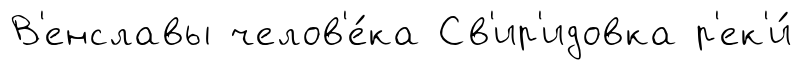
В'енславы челов'е́ка Св'ир'идовка р'ек'и́